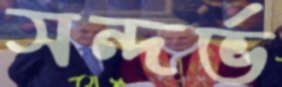
সন্দর্ভ